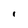
Character: 1